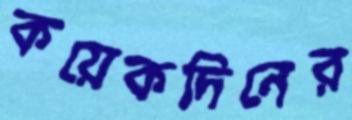
কয়েকদিনের